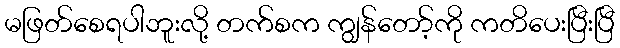
မဖြတ်စေရပါဘူးလို့ တက်စက ကျွန်တော့်ကို ကတိပေးပြီးပြီ